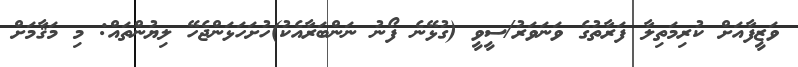
ވަޒީފާއަށް ކުރިމަތިލާ ފަރާތުގެ ވަނަވަރު/ސީވީ (ގުޅޭނެ ފޯނު ނަންބަރާއެކު)ހުށަހަޅަންޖެހޭ ލިޔުންތައް: މި މަޤާމަށް